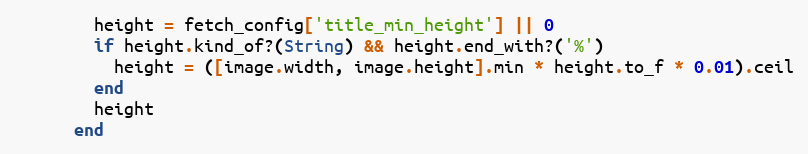
Language: Ruby
        height = fetch_config['title_min_height'] || 0
        if height.kind_of?(String) && height.end_with?('%')
          height = ([image.width, image.height].min * height.to_f * 0.01).ceil
        end
        height
      end